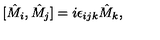
[ \hat { M } _ { i } , \hat { M } _ { j } ] = i \epsilon _ { i j k } \hat { M } _ { k } ,